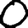
Digit: 0